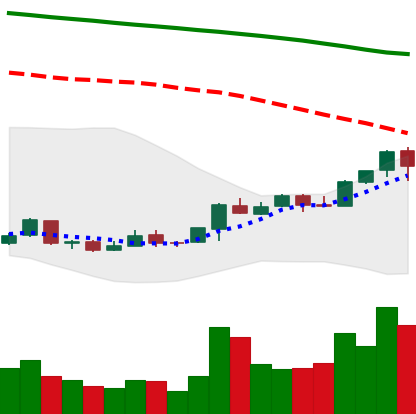
Ticker: ETC-USD
Chart end date: 2018-04-21
Forward return: 12.713%
Label: up_7plus